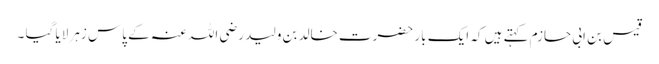
قیس بن ابی حازم کہتے ہیں کہ ایک بار حضرت خالد بن ولید رضی اللہ عنہ کے پاس زہر لایا گیا ۔